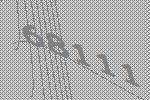
68111